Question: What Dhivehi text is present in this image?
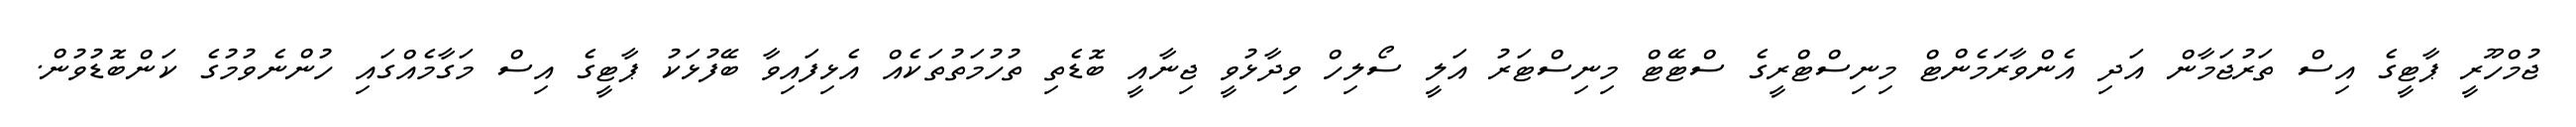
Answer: ޖުމްހޫރީ ޕާޓީގެ އިސް ތަރުޖަމާން އަދި އެންވާރަމެންޓް މިނިސްޓްރީގެ ސްޓޭޓް މިނިސްޓަރު އަލީ ސޯލިހް ވިދާޅުވީ ޖިނާއީ ބޮޑެތި ތުހުމަތުތަކެއް އެޅިފައިވާ ބޭފުޅަކު ޕާޓީގެ އިސް މަގާމެއްގައި ހުންނެވުމުގެ ކަންބޮޑުވުން.